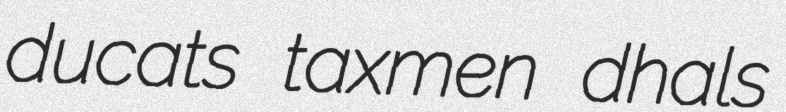
ducats taxmen dhals